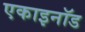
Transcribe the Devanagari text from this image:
एकाइनॉड